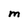
Character: M